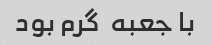
با جعبه  گرم بود